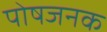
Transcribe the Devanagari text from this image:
पोषजनक